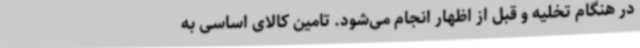
در هنگام تخلیه و قبل از اظهار انجام می‌شود. تامین کالای اساسی به